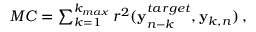
\begin{array} { r } { M C = \sum _ { k = 1 } ^ { k _ { m a x } } r ^ { 2 } ( { \bf y } _ { n - k } ^ { t a r g e t } , { \bf y } _ { k , n } ) \, , } \end{array}